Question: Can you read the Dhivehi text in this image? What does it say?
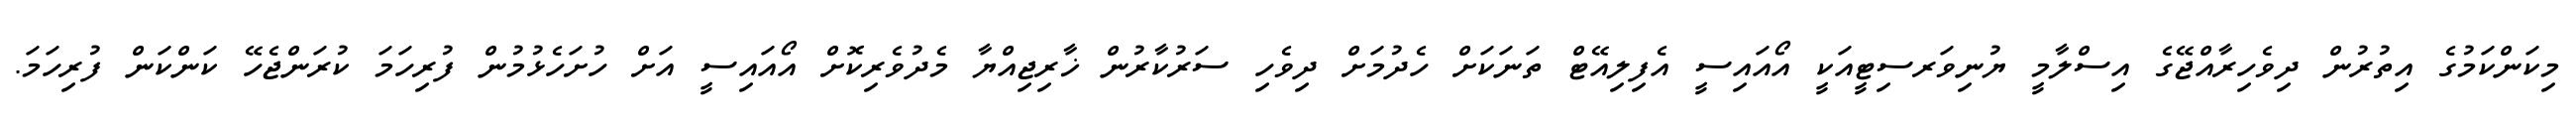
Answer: މިކަންކަމުގެ އިތުރުން ދިވެހިރާއްޖޭގެ އިސްލާމީ ޔުނިވަރސިޓީއަކީ އޯއައިސީ އެފިލިއޭޓް ތަނަކަށް ހެދުމަށް ދިވެހި ސަރުކާރުން ޚާރިޖިއްޔާ މެދުވެރިކޮށް އޯއައިސީ އަށް ހުށަހެޅުމުން ފުރިހަމަ ކުރަންޖެހޭ ކަންކަން ފުރިހަމަ.